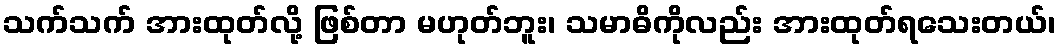
သက်သက် အားထုတ်လို့ ဖြစ်တာ မဟုတ်ဘူး၊ သမာဓိကိုလည်း အားထုတ်ရသေးတယ်၊